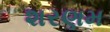
શરણમ